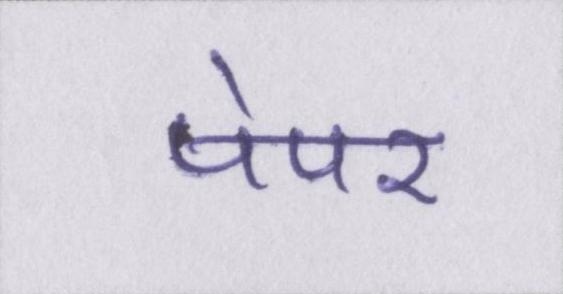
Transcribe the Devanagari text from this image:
पेपर